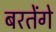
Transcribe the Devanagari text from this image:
बरतेंगे